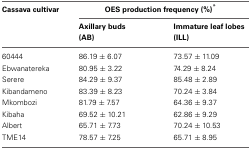
<table><thead><tr><td><b>Cassava cultivar</b></td><td colspan="2"><b>OES production frequency (%)<sup>*</sup></b></td></tr><tr><td></td><td><b>Axillary buds (AB)</b></td><td><b>Immature leaf lobes (ILL)</b></td></tr></thead><tbody><tr><td>60444</td><td>86.19 ± 6.07</td><td>73.57 ± 11.09</td></tr><tr><td>Ebwanatereka</td><td>80.95 ± 3.22</td><td>74.29 ± 8.24</td></tr><tr><td>Serere</td><td>84.29 ± 9.37</td><td>85.48 ± 2.89</td></tr><tr><td>Kibandameno</td><td>83.39 ± 8.23</td><td>70.24 ± 3.84</td></tr><tr><td>Mkombozi</td><td>81.79 ± 7.57</td><td>64.36 ± 9.37</td></tr><tr><td>Kibaha</td><td>69.52 ± 10.21</td><td>62.86 ± 9.29</td></tr><tr><td>Albert</td><td>65.71 ± 7.73</td><td>70.24 ± 10.53</td></tr><tr><td>TME14</td><td>78.57 ± 7.25</td><td>65.71 ± 8.95</td></tr></tbody></table>